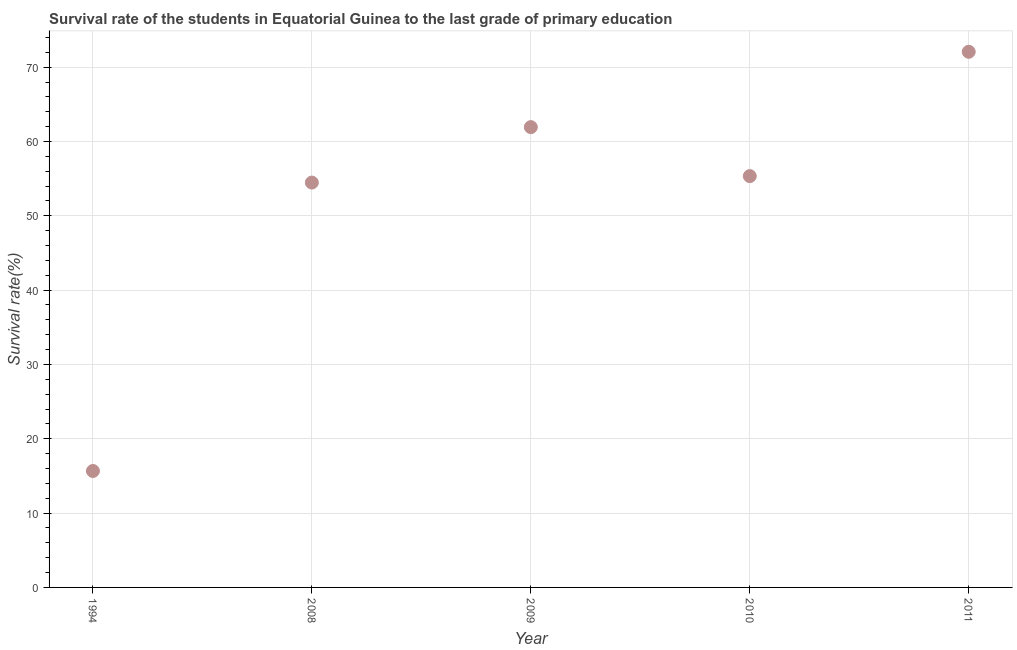
| Year | Primary Education |
 | --- | --- |
 | 1994 | 15.7 |
 | 2008 | 54.5 |
 | 2009 | 61.9 |
 | 2010 | 55.3 |
 | 2011 | 72.1 |